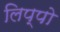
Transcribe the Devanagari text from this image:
लिप्पो